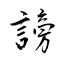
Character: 謗